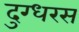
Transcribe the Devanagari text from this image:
दुग्धरस